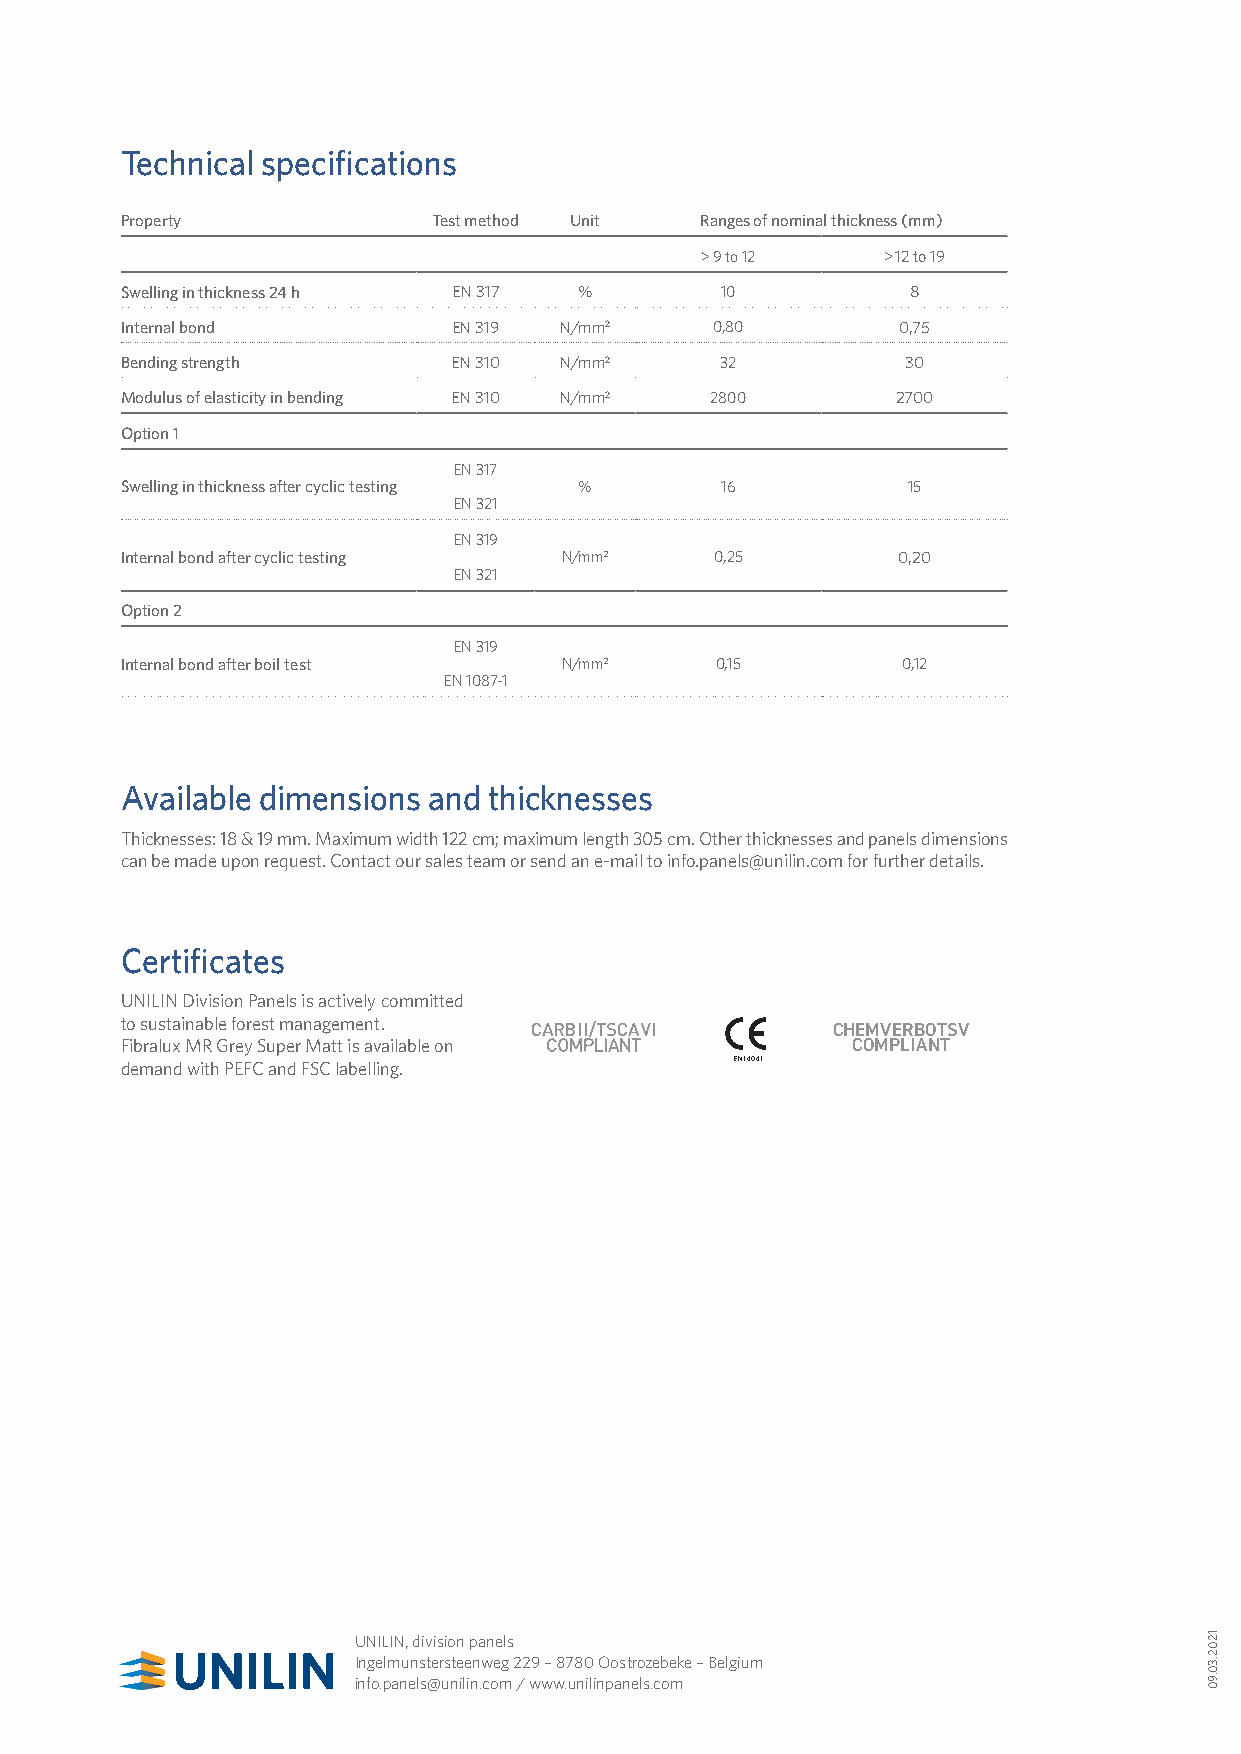
Technical specifications
 Property             Test method Unit Ranges of nominal thickness (mm)
 > 9 to 12   > 12 to 19
 Swelling in thickness 24 h EN 317 %     10          8
 Internal bond         EN 319 N/mm2     0,80        0,75
 Bending strength      EN 310 N/mm2      32          30
 Modulus of elasticity in bending EN 310 N/mm2 2800 2700
 Option 1
 EN 317
 Swelling in thickness after cyclic testing % 16     15
 EN 321
 EN 319
 Internal bond after cyclic testing N/mm2 0,25      0,20
 EN 321
 Option 2
 EN 319
 Internal bond after boil test N/mm2    0,15         0,12
 EN 1087-1
 Available dimensions and thicknesses
 Thicknesses: 18 & 19 mm. Maximum width 122 cm; maximum length 305 cm. Other thicknesses and panels dimensions
 can be made upon request. Contact our sales team or send an e-mail to info.panels@unilin.com for further details.
 Certificates
 UNILIN Division Panels is actively committed
 to sustainable forest management.
 CHEMVERBOTSV
 Fibralux MR Grey Super Matt is available on     COMPLIANT
 demand with PEFC and FSC labelling.      EN14041
 UNILIN, division panels
 Ingelmunstersteenweg 229 – 8780 Oostrozebeke – Belgium
 info.panels@unilin.com / www.unilinpanels.com
 1202.30.90